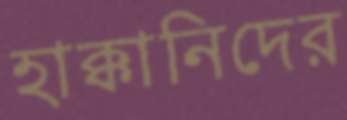
হাক্কানিদের